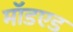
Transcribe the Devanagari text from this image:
मॉडएड